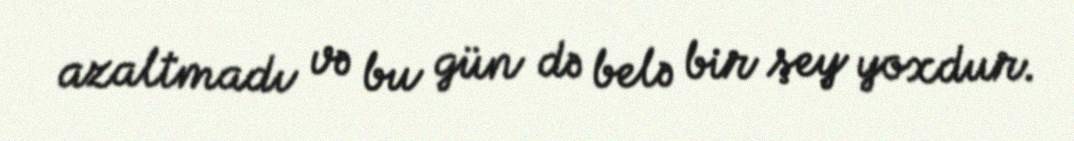
azaltmadı və bu gün də belə bir şey yoxdur.